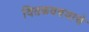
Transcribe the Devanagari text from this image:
वितळवण्याचे